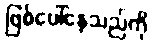
ဖြစ်ပေါ်နေသည်ကို